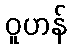
ဝူဟန်